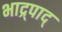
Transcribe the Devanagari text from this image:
भाद्र्पाद्